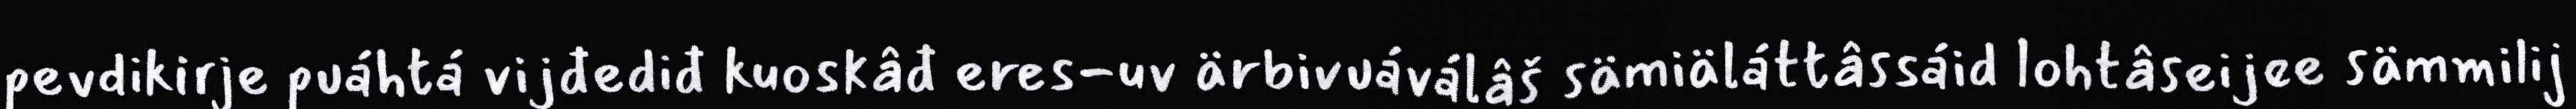
pevdikirje puáhtá vijđediđ kuoskâđ eres-uv ärbivuáválâš sämiäláttâssáid lohtâseijee sämmilij